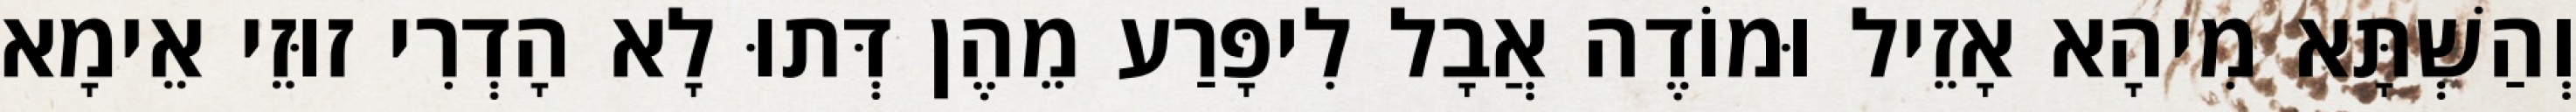
וְהַשְׁתָּא מִיהָא אָזֵיל וּמוֹדֶה אֲבָל לִיפָּרַע מֵהֶן דְּתוּ לָא הָדְרִי זוּזֵי אֵימָא